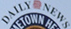
DAILYNEWS